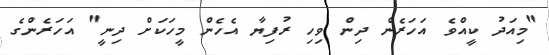
"މިއަދު ކީއްވެ އަހަރެން ދިން ވިހި ރުފިޔާ އެހެން މީހަކަށް ދިނީ" އަހަރެންގެ